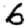
Digit: 6